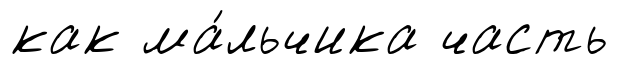
как ма́льчика часть